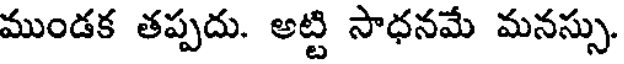
ముండక తప్పదు. అట్టి సాధనమే మనస్సు.